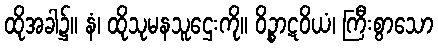
ထိုအခါ၌။ နံ၊ ထိုသုမနသူဌေးကို။ ဝိဉ္စာဋဝိယံ၊ ကြီးစွာသော